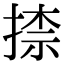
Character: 𭡠